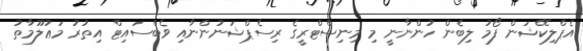
އެޕްލިކޭޝަން ފޯމު ލިބެން ހުންނާނީ މި މިނިސްޓްރީގެ ރިސެޕްޝަނުންނާއި ވެބްސައިޓް އިތުރު މަޢުލޫމާތު